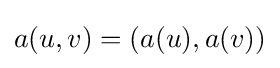
a({u,v})=(a(u),a(v))